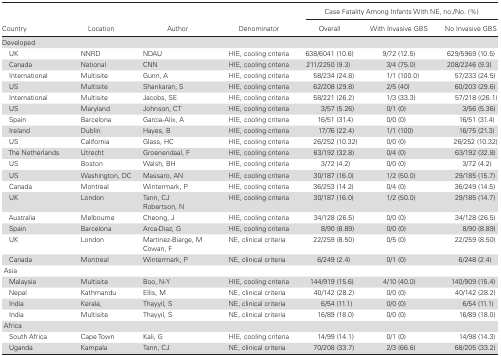
<table><thead><tr><td rowspan="2"><b>Country</b></td><td rowspan="2"><b>Location</b></td><td rowspan="2"><b>Author</b></td><td rowspan="2"><b>Denominator</b></td><td colspan="3"><b>Case Fatality Among Infants With NE, no./No. (%)</b></td></tr><tr><td><b>Overall</b></td><td><b>With Invasive GBS</b></td><td><b>No Invasive GBS</b></td></tr></thead><tbody><tr><td>Developed</td><td></td><td></td><td></td><td></td><td></td><td></td></tr><tr><td> UK</td><td>NNRD</td><td>NDAU</td><td>HIE, cooling criteria</td><td>638/6041 (10.6)</td><td>9/72 (12.5)</td><td>629/5969 (10.5)</td></tr><tr><td> Canada</td><td>National</td><td>CNN</td><td>HIE, cooling criteria</td><td>211/2250 (9.3)</td><td>3/4 (75.0)</td><td>208/2246 (9.3)</td></tr><tr><td> International</td><td>Multisite</td><td>Gunn, A</td><td>HIE, cooling criteria</td><td>58/234 (24.8)</td><td>1/1 (100.0)</td><td>57/233 (24.5)</td></tr><tr><td> US</td><td>Multisite</td><td>Shankaran, S</td><td>HIE, cooling criteria</td><td>62/208 (29.8)</td><td>2/5 (40)</td><td>60/203 (29.6)</td></tr><tr><td> International</td><td>Multisite</td><td>Jacobs, SE</td><td>HIE, cooling criteria</td><td>58/221 (26.2)</td><td>1/3 (33.3)</td><td>57/218 ((26.1)</td></tr><tr><td> US</td><td>Maryland</td><td>Johnson, CT</td><td>HIE, cooling criteria</td><td>3/57 (5.26)</td><td>0/1 (0)</td><td>3/56 (5.36)</td></tr><tr><td> Spain</td><td>Barcelona</td><td>Garcia-Alix, A</td><td>HIE, cooling criteria</td><td>16/51 (31.4)</td><td>0/0 (0)</td><td>16/51 (31.4)</td></tr><tr><td> Ireland</td><td>Dublin</td><td>Hayes, B</td><td>HIE, cooling criteria</td><td>17/76 (22.4)</td><td>1/1 (100)</td><td>16/75 (21.3)</td></tr><tr><td> US</td><td>California</td><td>Glass, HC</td><td>HIE, cooling criteria</td><td>26/252 (10.32)</td><td>0/0 (0)</td><td>26/252 (10.32)</td></tr><tr><td> The Netherlands</td><td>Utrecht</td><td>Groenendaal, F</td><td>HIE, cooling criteria</td><td>63/192 (32.8)</td><td>0/4 (0)</td><td>63/192 (32.8)</td></tr><tr><td> US</td><td>Boston</td><td>Walsh, BH</td><td>HIE, cooling criteria</td><td>3/72 (4.2)</td><td>0/0 (0)</td><td>3/72 (4.2)</td></tr><tr><td> US</td><td>Washington, DC</td><td>Massaro, AN</td><td>HIE, cooling criteria</td><td>30/187 (16.0)</td><td>1/2 (50.0)</td><td>29/185 (15.7)</td></tr><tr><td> Canada</td><td>Montreal</td><td>Wintermark, P</td><td>HIE, cooling criteria</td><td>36/253 (14.2)</td><td>0/4 (0)</td><td>36/249 (14.5)</td></tr><tr><td> UK</td><td>London</td><td>Tann, CJRobertson, N</td><td>HIE, cooling criteria</td><td>30/187 (16.0)</td><td>1/2 (50.0)</td><td>29/185 (14.7)</td></tr><tr><td> Australia</td><td>Melbourne</td><td>Cheong, J</td><td>HIE, cooling criteria</td><td>34/128 (26.5)</td><td>0/0 (0)</td><td>34/128 (26.5)</td></tr><tr><td> Spain</td><td>Barcelona</td><td>Arca-Diaz, G</td><td>HIE, cooling criteria</td><td>8/90 (8.89)</td><td>0/0 (0)</td><td>8/90 (8.89)</td></tr><tr><td> UK</td><td>London</td><td>Martinez-Biarge, MCowan, F</td><td>NE, clinical criteria</td><td>22/259 (8.50)</td><td>0/5 (0)</td><td>22/259 (8.50)</td></tr><tr><td> Canada</td><td>Montreal</td><td>Wintermark, P</td><td>NE, clinical criteria</td><td>6/249 (2.4)</td><td>0/1 (0)</td><td>6/248 (2.4)</td></tr><tr><td colspan="7"> Asia</td></tr><tr><td> Malaysia</td><td>Multisite</td><td>Boo, N-Y</td><td>HIE, cooling criteria</td><td>144/919 (15.6)</td><td>4/10 (40.0)</td><td>140/909 (15.4)</td></tr><tr><td> Nepal</td><td>Kathmandu</td><td>Ellis, M</td><td>NE, clinical criteria</td><td>40/142 (28.2)</td><td>0/0 (0)</td><td>40/142 (28.2)</td></tr><tr><td> India</td><td>Kerala,</td><td>Thayyil, S</td><td>NE, clinical criteria</td><td>6/54 (11.1)</td><td>0/0 (0)</td><td>6/54 (11.1)</td></tr><tr><td> India</td><td>Multisite</td><td>Thayyil, S</td><td>NE, clinical criteria</td><td>16/89 (18.0)</td><td>0/0 (0)</td><td>16/89 (18.0)</td></tr><tr><td colspan="7"> Africa</td></tr><tr><td> South Africa</td><td>Cape Town</td><td>Kali, G</td><td>HIE, cooling criteria</td><td>14/99 (14.1)</td><td>0/1 (0)</td><td>14/98 (14.3)</td></tr><tr><td> Uganda</td><td>Kampala</td><td>Tann, CJ</td><td>NE, clinical criteria</td><td>70/208 (33.7)</td><td>2/3 (66.6)</td><td>68/205 (33.2)</td></tr></tbody></table>